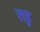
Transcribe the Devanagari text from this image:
लढु